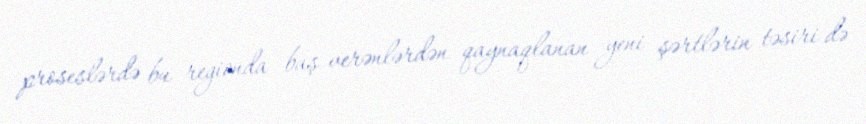
proseslərdə bu regionda baş verənlərdən qaynaqlanan yeni şərtlərin təsiri də